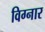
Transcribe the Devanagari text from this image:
विग्नार